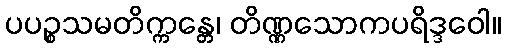
ပပဉ္စသမတိက္ကန္တေ၊ တိဏ္ဏသောကပရိဒ္ဒဝေါ။